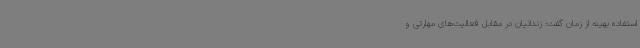
استفاده بهینه از زمان گفت: زندانیان در مقابل فعالیت‌های مهارتی و